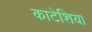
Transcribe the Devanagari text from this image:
काटेशिया